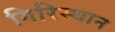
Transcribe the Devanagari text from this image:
गिरिस्थान